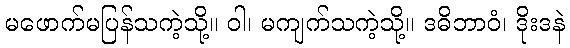
မဖောက်မပြန်သကဲ့သို့။ ဝါ၊ မကျက်သကဲ့သို့။ ဒဓိဘာဝံ၊ ဒိုးဒနဲ